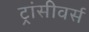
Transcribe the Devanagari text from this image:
ट्रांसीवर्स